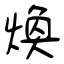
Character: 煥